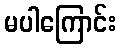
မပါကြောင်း